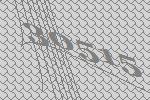
30515